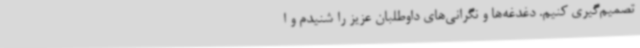
تصمیم‌گیری کنیم. دغدغه‌ها و نگرانی‌های داوطلبان عزیز را شنیدم و ا